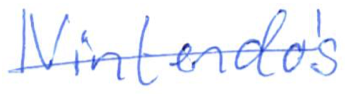
Text: Nintendo's
Cross-out: single-line
Writing tool: ballpoint